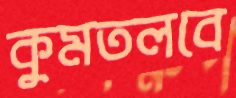
কুমতলবে